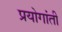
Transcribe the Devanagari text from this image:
प्रयोगांती